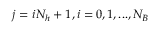
j = i N _ { h } + 1 , i = 0 , 1 , . . . , N _ { B }